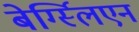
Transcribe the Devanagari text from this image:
बेर्ग्स्लिएन